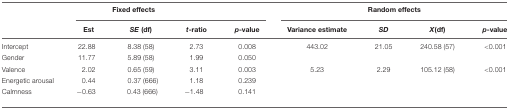
| <COLSPAN=5> Fixed effects | <COLSPAN=4> Random effects |
 |  | Est | SE (df) | t-ratio | p-value | Variance estimate | SD | X(df) | p-value |
 | --- | --- | --- | --- | --- | --- | --- | --- | --- |
 | Intercept | 22.88 | 8.38 (58) | 2.73 | 0.008 | 443.02 | 21.05 | 240.58 (57) | <0.001 |
 | Gender | 11.77 | 5.89 (58) | 1.99 | 0.050 |  |  |  |  |
 | Valence | 2.02 | 0.65 (59) | 3.11 | 0.003 | 5.23 | 2.29 | 105.12 (58) | <0.001 |
 | Energetic arousal | 0.44 | 0.37 (666) | 1.18 | 0.239 |  |  |  |  |
 | Calmness | -0.63 | 0.43 (666) | -1.48 | 0.141 |  |  |  |  |